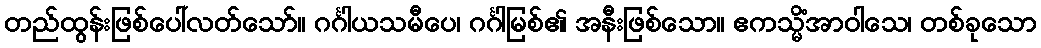
တည်ထွန်းဖြစ်ပေါ်လတ်သော်။ ဂင်္ဂါယသမီပေ၊ ဂင်္ဂါမြစ်၏ အနီးဖြစ်သော။ ဧကသ္မိံအာဝါသေ၊ တစ်ခုသော